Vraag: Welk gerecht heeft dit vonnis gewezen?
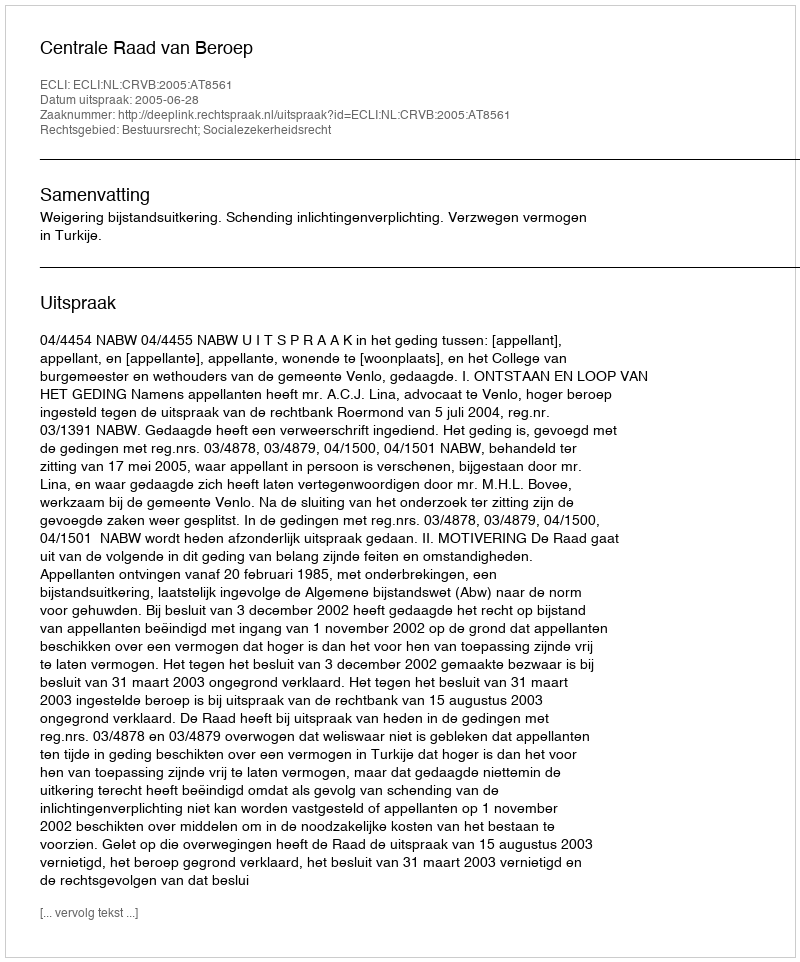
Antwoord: Centrale Raad van Beroep